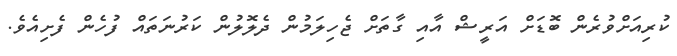
ކުރިއަށްވުރެން ބޮޑަށް އަރީޝް އާއި ގާތަށް ޖެހިލަމުން ދެލޮލުން ކަރުނަތައް ފުހެން ފެށިއެވެ.